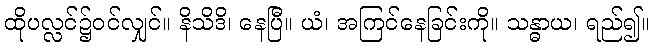
ထိုပလ္လင်၌ဝင်လျှင်။ နိသိဒိ၊ နေပြီ။ ယံ၊ အကြင်နေခြင်းကို။ သန္ဓာယ၊ ရည်၍။